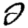
Digit: 2